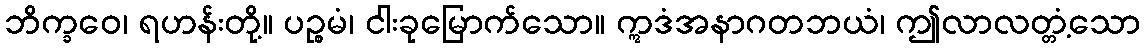
ဘိက္ခဝေ၊ ရဟန်းတို့။ ပဉ္စမံ၊ ငါးခုမြောက်သော။ ဣဒံအနာဂတဘယံ၊ ဤလာလတ္တံ့သော